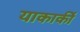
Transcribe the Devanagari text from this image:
याकार्की